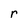
Character: r